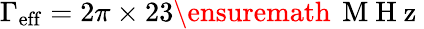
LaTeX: \Gamma_{\mathrm{eff}}=2\pi\times 23\ensuremath{\, \mathrm{~M~H~z~}}